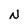
Character: N